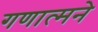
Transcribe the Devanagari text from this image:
गणात्मने